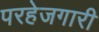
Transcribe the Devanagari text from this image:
परहेजगारी